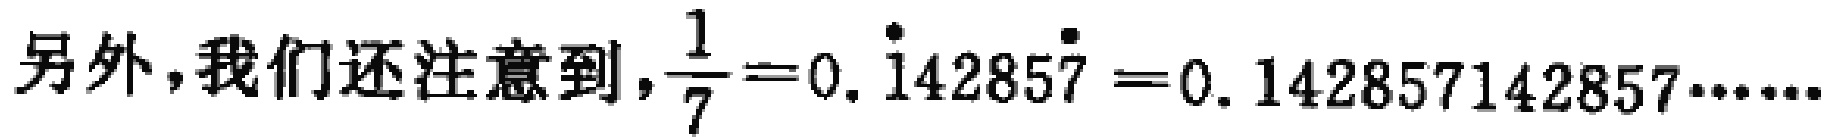
另外，我们还注意到，$\frac{1}{7}=0.\dot{1}4285\dot{7}=0.142857142857\cdots\cdots$